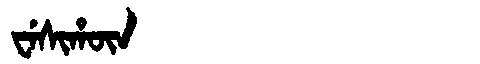
Manchu: ᠸᡝᠰᡳᡥᡡᠨ
Romanization: WESIHŪN